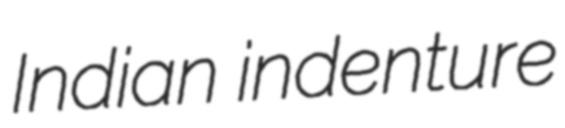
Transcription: Indian indenture